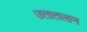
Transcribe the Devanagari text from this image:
उतातलान